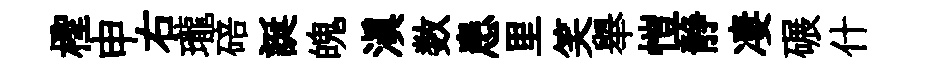
檉申右瓏碚誕魄滇数患里笑舉愷静凄碾什